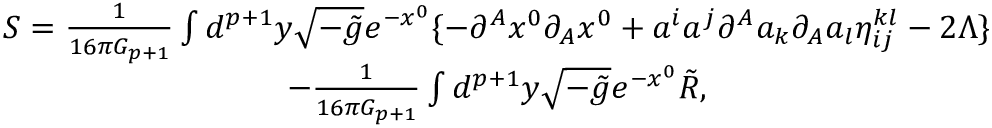
\begin{array} { c } { { S = \frac 1 { 1 6 \pi G _ { p + 1 } } \int d ^ { p + 1 } y \sqrt { - \tilde { g } } e ^ { - x ^ { 0 } } \{ - \partial ^ { A } x ^ { 0 } \partial _ { A } x ^ { 0 } + a ^ { i } a ^ { j } \partial ^ { A } a _ { k } \partial _ { A } a _ { l } \eta _ { i j } ^ { k l } - 2 \Lambda \} } } \\ { { - \frac 1 { 1 6 \pi G _ { p + 1 } } \int d ^ { p + 1 } y \sqrt { - \tilde { g } } e ^ { - x ^ { 0 } } \tilde { R } , } } \end{array}